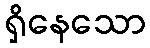
ရှိနေသော